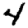
Digit: 4